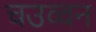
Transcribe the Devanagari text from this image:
चउव्वन